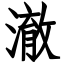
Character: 澈